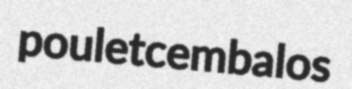
poulet cembalos